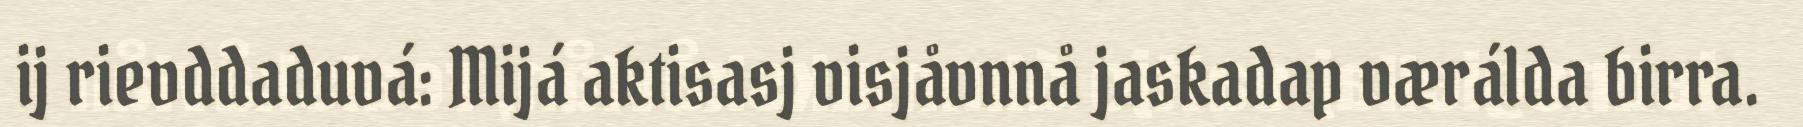
ij rievddaduvá: Mijá aktisasj visjåvnnå jaskadap værálda birra.